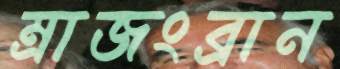
ম্রাজংব্রান